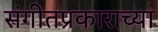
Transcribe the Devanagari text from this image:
संगीतप्रकाराच्या